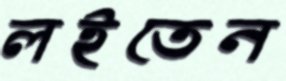
লইতেন